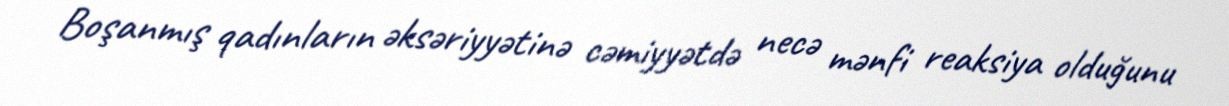
Boşanmış qadınların əksəriyyətinə cəmiyyətdə necə mənfi reaksiya olduğunu